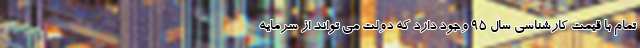
تمام با قیمت کارشناسی سال 95 وجود دارد که دولت می تواند از سرمایه